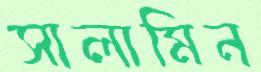
সালামিন